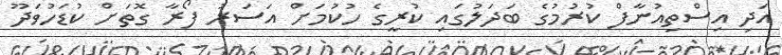
އަދި އިސްތިއުނާފް ކުރުމުގެ ބަދަލުގައި ކުރީގެ ހުކުމަށް އަސަރު ފޯރާ ގޮތަށް ކުޑަހުވަދޫ